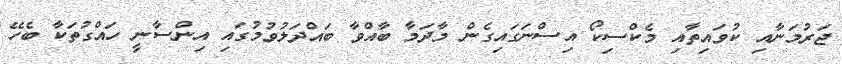
ޖަރުމަނާއި ކުވައިތާއި މެކްސިކޯ އިސްނަގައިގެން މާދަމާ ބާއްވާ ބައްދަލުވުމުގައި އިންސާނީ ހައްގުތަކާ ބެހޭ